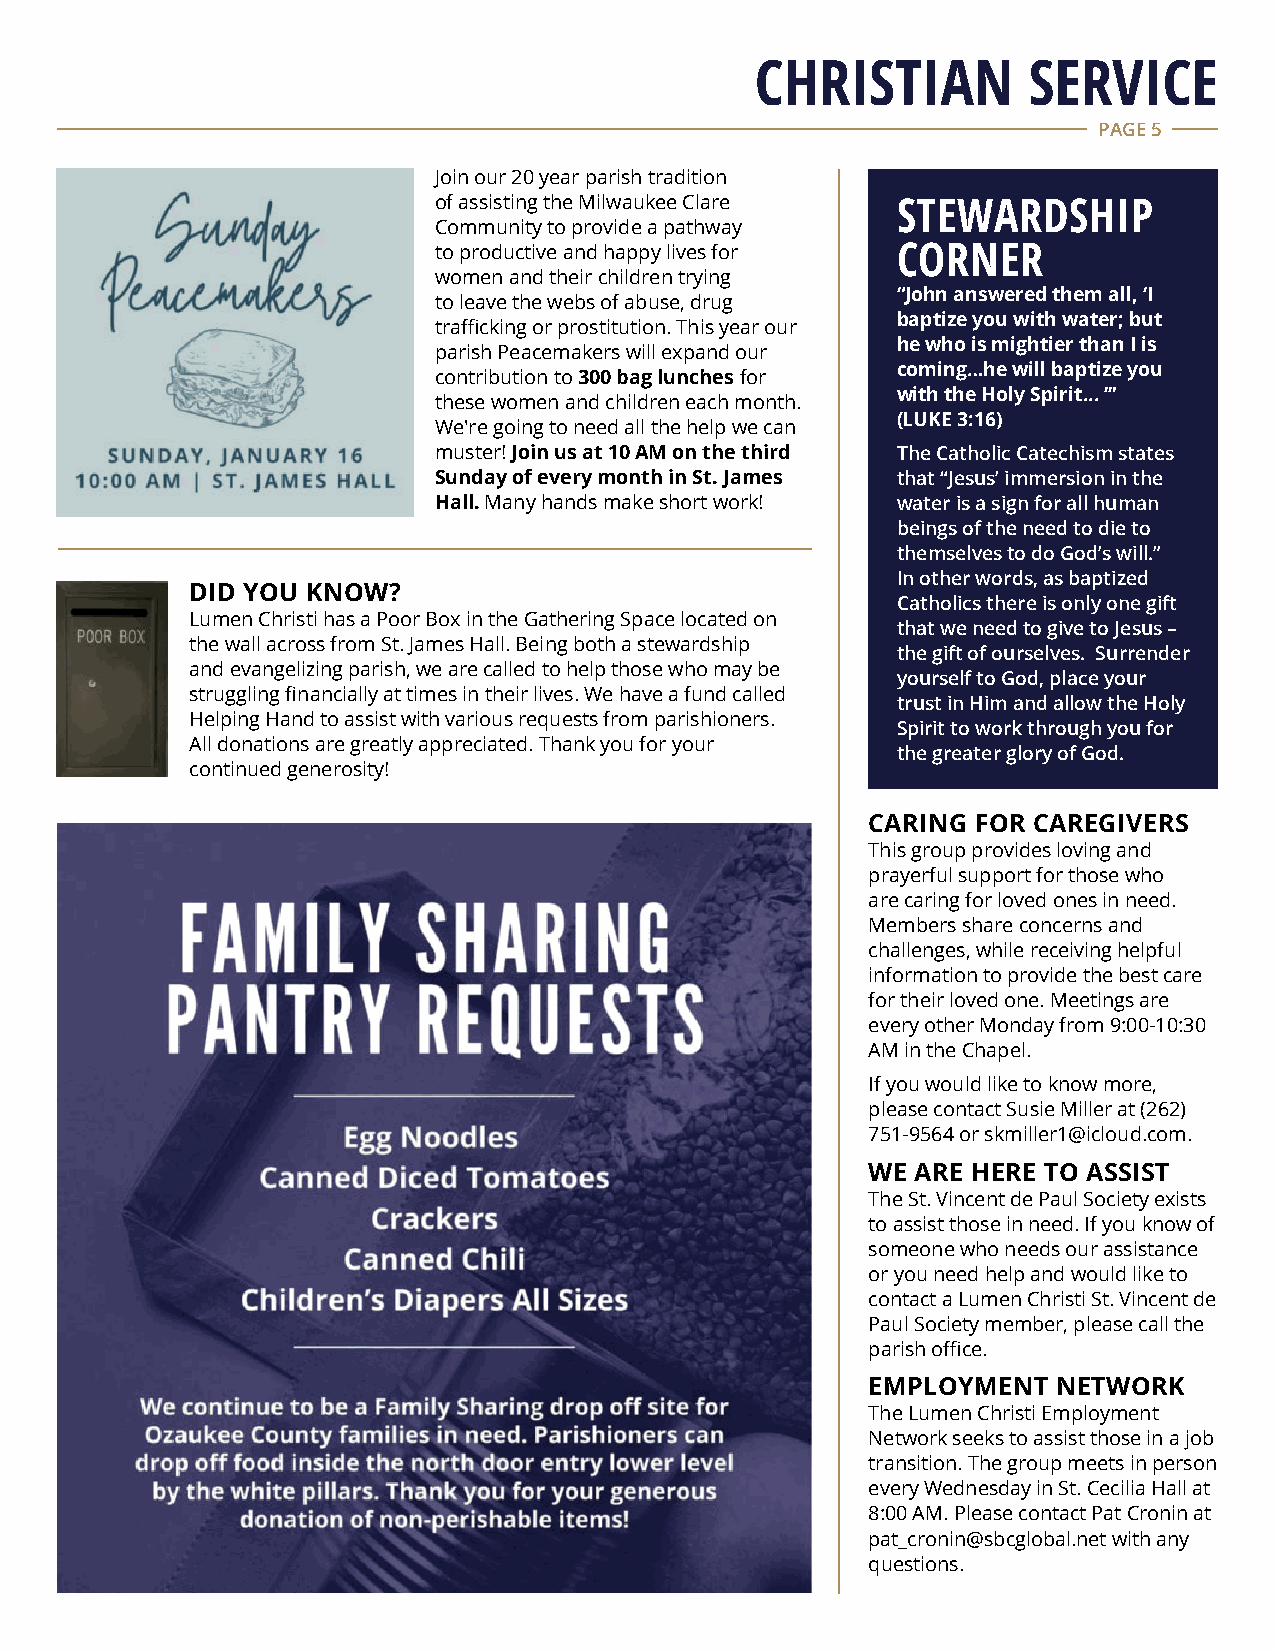
CHRISTIAN         SERVICE
 PAGE 5
 Join our 20 year parish tradition
 of assisting the Milwaukee Clare STEWARDSHIP
 Community to provide a pathway
 to productive and happy lives for CORNER
 women and their children trying
 “John answered them all, ‘I
 to leave the webs of abuse, drug
 baptize you with water; but
 trafficking or prostitution. This year our
 he who is mightier than I is
 parish Peacemakers will expand our
 coming…he will baptize you
 contribution to 300 bag lunches for
 with the Holy Spirit... ’”
 these women and children each month.
 (LUKE 3:16)
 We're going to need all the help we can
 muster! Join us at 10 AM on the third The Catholic Catechism states
 Sunday of every month in St. James that “Jesus’ immersion in the
 Hall. Many hands make short work! water is a sign for all human
 beings of the need to die to
 themselves to do God’s will.”
 In other words, as baptized
 DID YOU KNOW?
 Catholics there is only one gift
 Lumen Christi has a Poor Box in the Gathering Space located on
 that we need to give to Jesus –
 the wall across from St. James Hall. Being both a stewardship
 the gift of ourselves. Surrender
 and evangelizing parish, we are called to help those who may be
 yourself to God, place your
 struggling financially at times in their lives. We have a fund called
 trust in Him and allow the Holy
 Helping Hand to assist with various requests from parishioners.
 Spirit to work through you for
 All donations are greatly appreciated. Thank you for your
 the greater glory of God.
 continued generosity!
 CARING FOR CAREGIVERS
 This group provides loving and
 prayerful support for those who
 are caring for loved ones in need.
 Members share concerns and
 challenges, while receiving helpful
 information to provide the best care
 for their loved one. Meetings are
 every other Monday from 9:00-10:30
 AM in the Chapel.
 If you would like to know more,
 please contact Susie Miller at (262)
 751-9564 or skmiller1@icloud.com.
 WE ARE HERE TO ASSIST
 The St. Vincent de Paul Society exists
 to assist those in need. If you know of
 someone who needs our assistance
 or you need help and would like to
 contact a Lumen Christi St. Vincent de
 Paul Society member, please call the
 parish office.
 EMPLOYMENT  NETWORK
 The Lumen Christi Employment
 Network seeks to assist those in a job
 transition. The group meets in person
 every Wednesday in St. Cecilia Hall at
 8:00 AM. Please contact Pat Cronin at
 pat_cronin@sbcglobal.net with any
 questions.